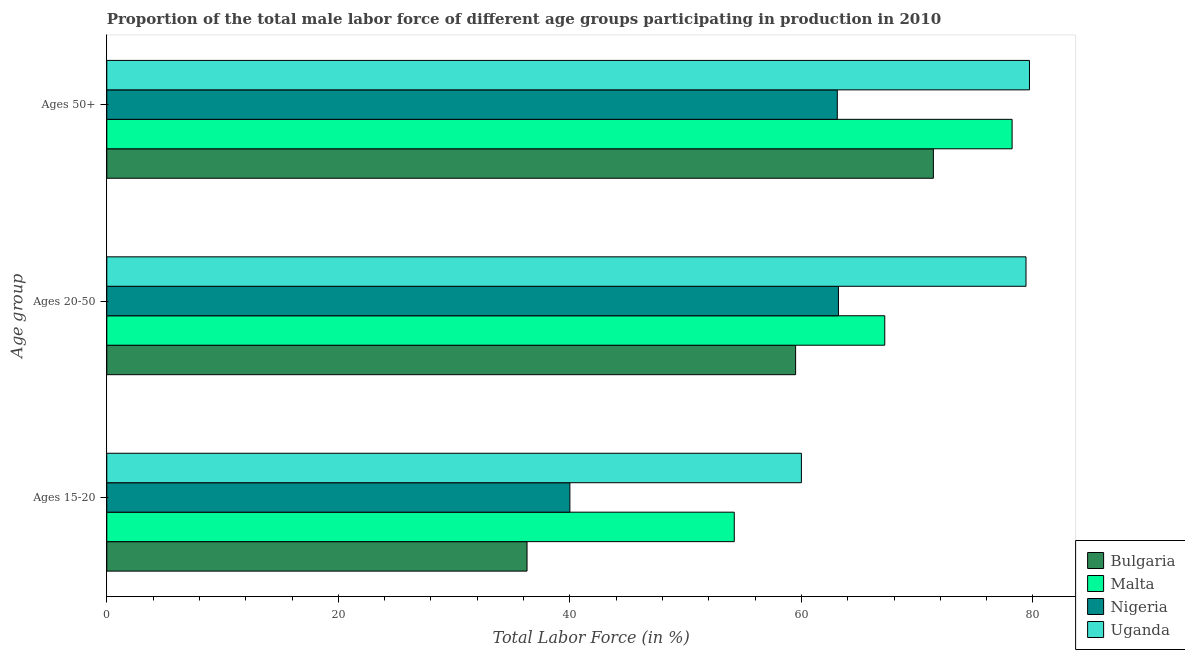
| Age group | Bulgaria | Malta | Nigeria | Uganda |
 | --- | --- | --- | --- | --- |
 | Ages 15-20 | 36.3 | 54.2 | 40 | 60 |
 | Ages 20-50 | 59.5 | 67.2 | 63.2 | 79.4 |
 | Ages 50+ | 71.4 | 78.2 | 63.1 | 79.7 |